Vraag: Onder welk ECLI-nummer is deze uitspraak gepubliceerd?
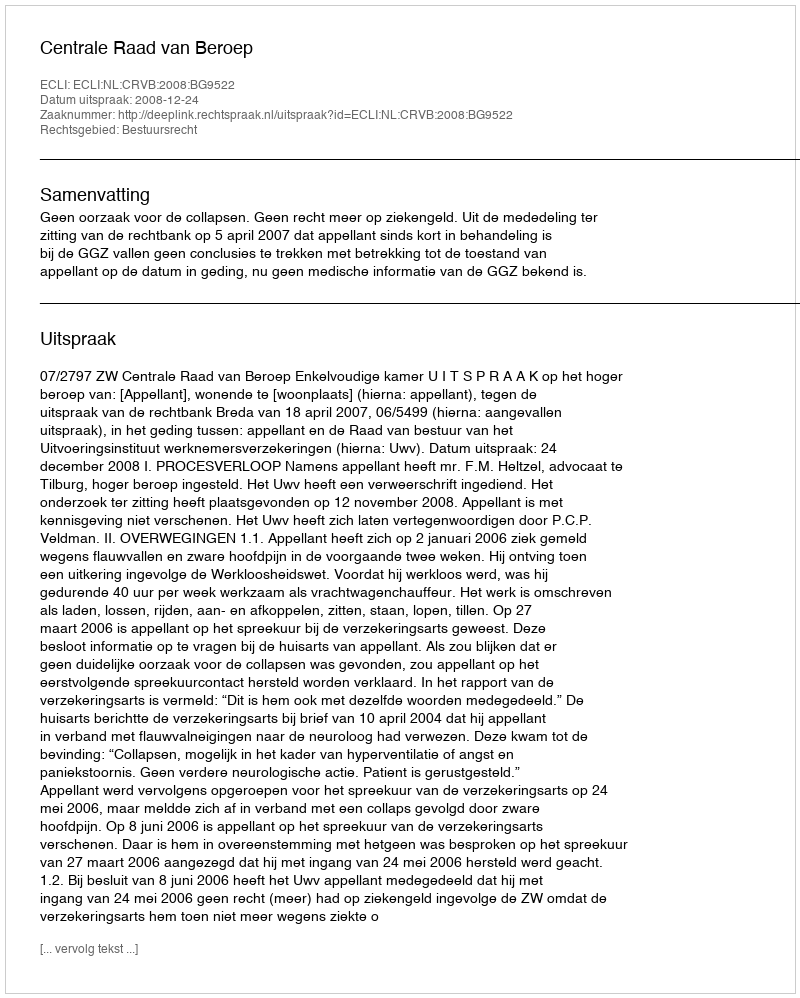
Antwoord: ECLI:NL:CRVB:2008:BG9522